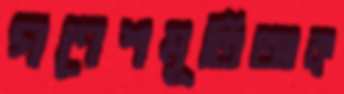
গণেশমূর্তিআক্